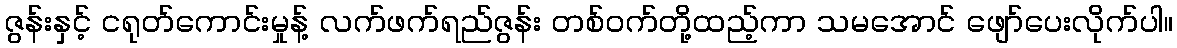
ဇွန်းနှင့် ငရုတ်ကောင်းမှုန့် လက်ဖက်ရည်ဇွန်း တစ်ဝက်တို့ထည့်ကာ သမအောင် ဖျော်ပေးလိုက်ပါ။